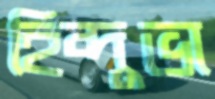
হিন্দুভা